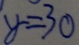
y = 3 0